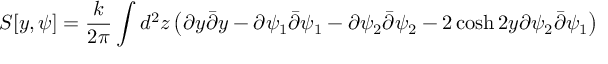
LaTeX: S [ y , \psi ] = \frac { k } { 2 \pi } \int d ^ { 2 } z \left( \partial y \bar { \partial } y - \partial \psi _ { 1 } \bar { \partial } \psi _ { 1 } - \partial \psi _ { 2 } \bar { \partial } \psi _ { 2 } - 2 \cosh { 2 y } \partial \psi _ { 2 } \bar { \partial } \psi _ { 1 } \right)